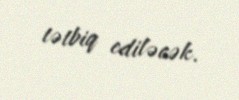
tətbiq ediləcək.